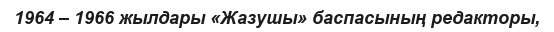
1964 – 1966 жылдары «Жазушы» баспасының редакторы,